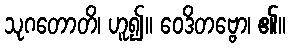
သုဂတောတိ၊ ဟူ၍။ ဝေဒိတဗ္ဗော၊ ၏။